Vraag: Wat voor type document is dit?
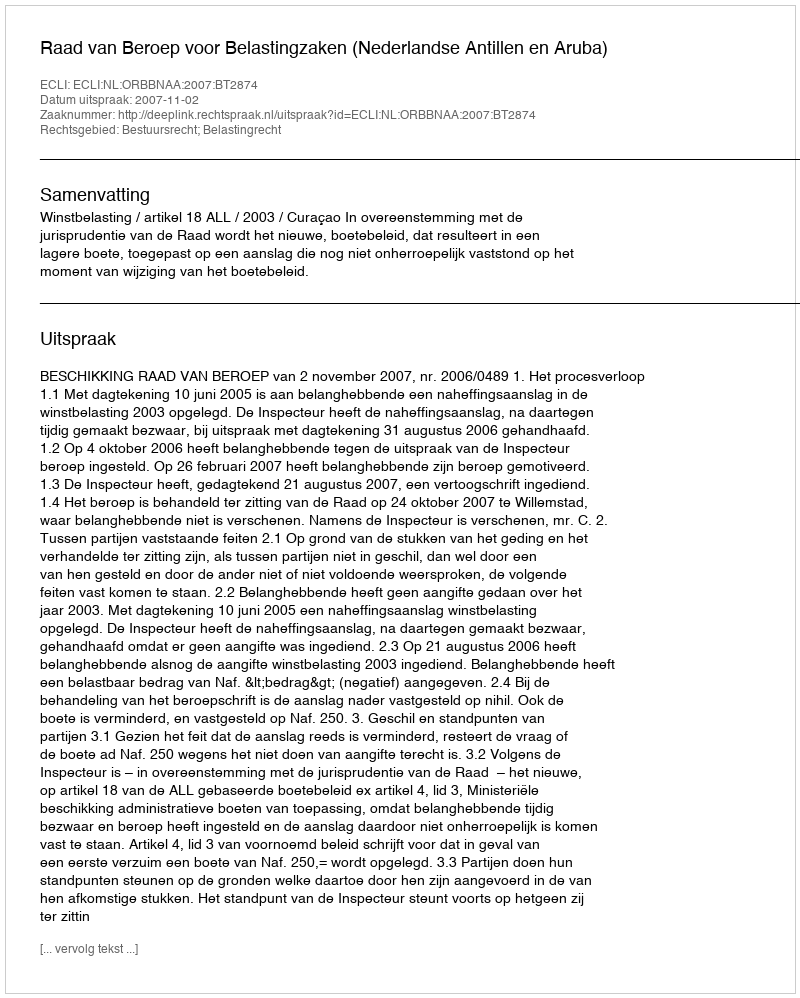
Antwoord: Uitspraak